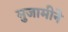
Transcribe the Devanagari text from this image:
मुजामीने